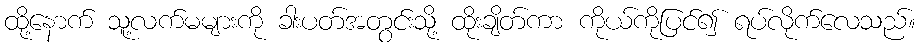
ထို့နောက် သူ့လက်မများကို ခါးပတ်အတွင်းသို့ ထိုးချိတ်ကာ ကိုယ်ကိုပြင်၍ ရပ်လိုက်လေသည်။